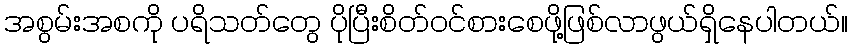
အစွမ်းအစကို ပရိသတ်တွေ ပိုပြီးစိတ်ဝင်စားစေဖို့ဖြစ်လာဖွယ်ရှိနေပါတယ်။